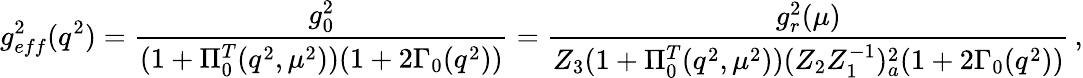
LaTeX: g_{eff}^{2}(q^{2})=\frac{g_{0}^{2}}{(1+\Pi_{0}^{T}(q^{2},\mu^{2}))(1+2\Gamma_{0}(q^{2}))}=\frac{g_{r}^{2}(\mu)}{Z_{3}(1+\Pi_{0}^{T}(q^{2},\mu^{2}))(Z_{2}Z_{1}^{-1})_{a}^{2}(1+2\Gamma_{0}(q^{2}))}\, ,